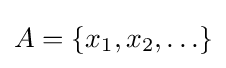
A=\{x_{1},x_{2},\ldots \}